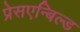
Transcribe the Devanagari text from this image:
प्रेसएन्बिल्ड